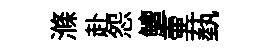
滌赴怨鱣壷蓺